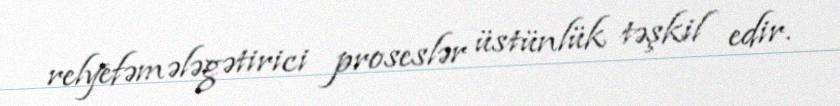
relyefəmələgətirici proseslər üstünlük təşkil edir.